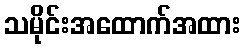
သမိုင်းအထောက်အထား